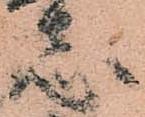
志